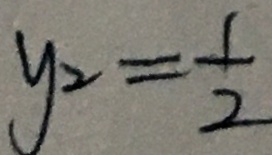
y _ { 2 } = \frac { 1 } { 2 }